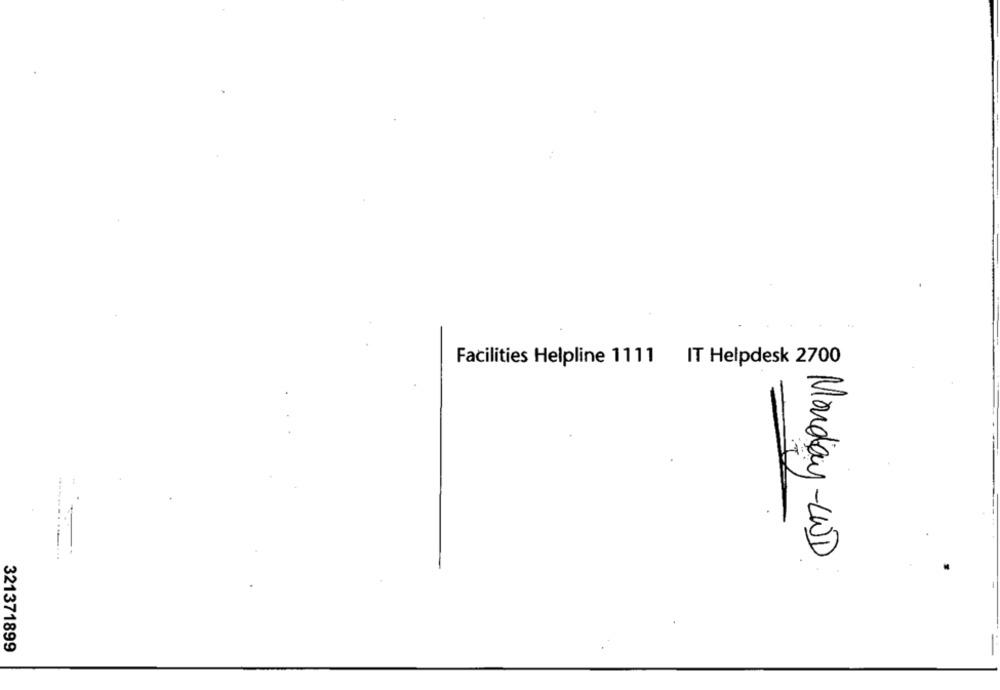
Facilities Helpline 1111 IT Helpdesk 2700
Monday-UND
321371899